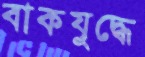
বাকযুদ্ধে